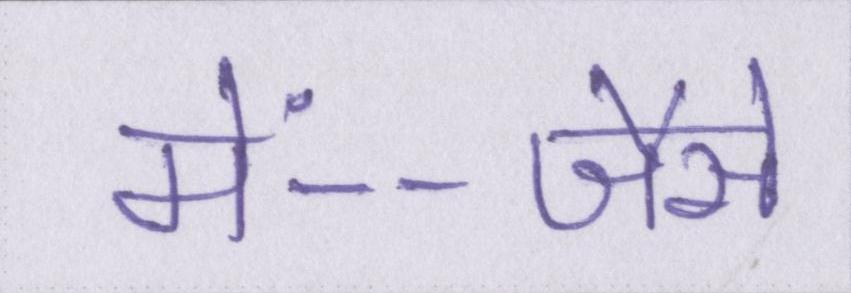
में--जैसे